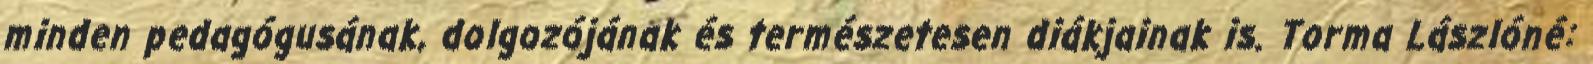
minden pedagógusának, dolgozójának és természetesen diákjainak is. Torma Lászlóné: